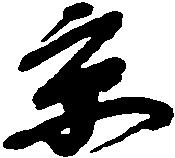
京